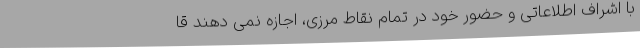
با اشراف اطلاعاتی و حضور خود در تمام نقاط مرزی، اجازه نمی دهند قا